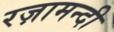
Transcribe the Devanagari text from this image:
रज़ामन्दी